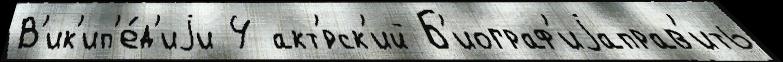
В'ик'ип'е́д'иjи 4 акт'́рск'ий Б'иограф'иjаправ'ить